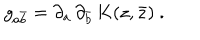
g _ { a \bar { b } } = \partial _ { a } \, \partial _ { \bar { b } } \, K ( z , \bar { z } ) \ .